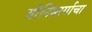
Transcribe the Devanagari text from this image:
योनिमार्गाचा